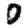
Digit: 0